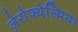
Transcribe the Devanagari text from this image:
ज़ेरोफ्थेल्मिया